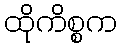
ထိုကိစ္စက